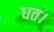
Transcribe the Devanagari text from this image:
धत।